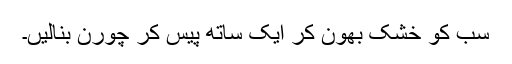
سب کو خشک بھون کر ایک ساتھ پیس کر چورن بنالیں۔